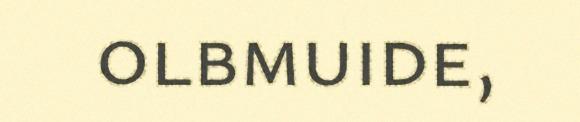
olbmuide,